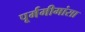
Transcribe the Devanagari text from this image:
पूर्ममीमांसा